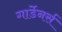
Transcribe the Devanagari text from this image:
गार्डेनर्स